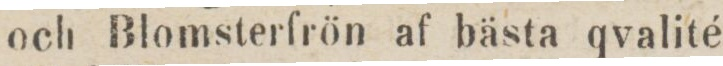
och Blomsterfrön af bästa qvalité